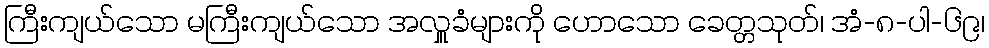
ကြီးကျယ်သော မကြီးကျယ်သော အလှူခံများကို ဟောသော ခေတ္တသုတ်၊ အံ-၈-ပါ-၆၉၊